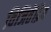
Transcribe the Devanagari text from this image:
विजितेंद्रिय